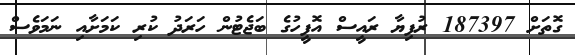
ގޮތަށް 187397 ރުފިޔާ ރައީސް އޮފީހުގެ ބަޖެޓުން ހަރަދު ކުރި ކަމަށާއި ނަމަވެސް